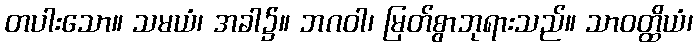
တပါးသော။ သမယံ၊ အခါ၌။ ဘဂဝါ၊ မြတ်စွာဘုရားသည်။ သာဝတ္ထိယံ၊